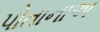
પોતાનાઅ